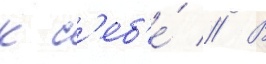
к с'еб'е́ // В